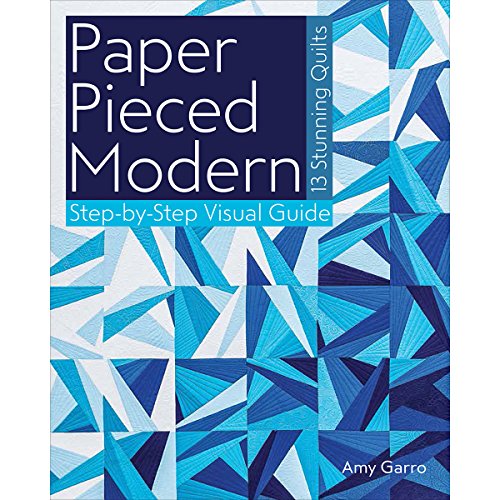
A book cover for Paper Pieced Modern: 13 Stunning Quilts  Step-by-Step Visual Guide; Amy Garro; Crafts, Hobbies & Home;